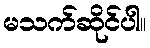
မသက်ဆိုင်ပါ။